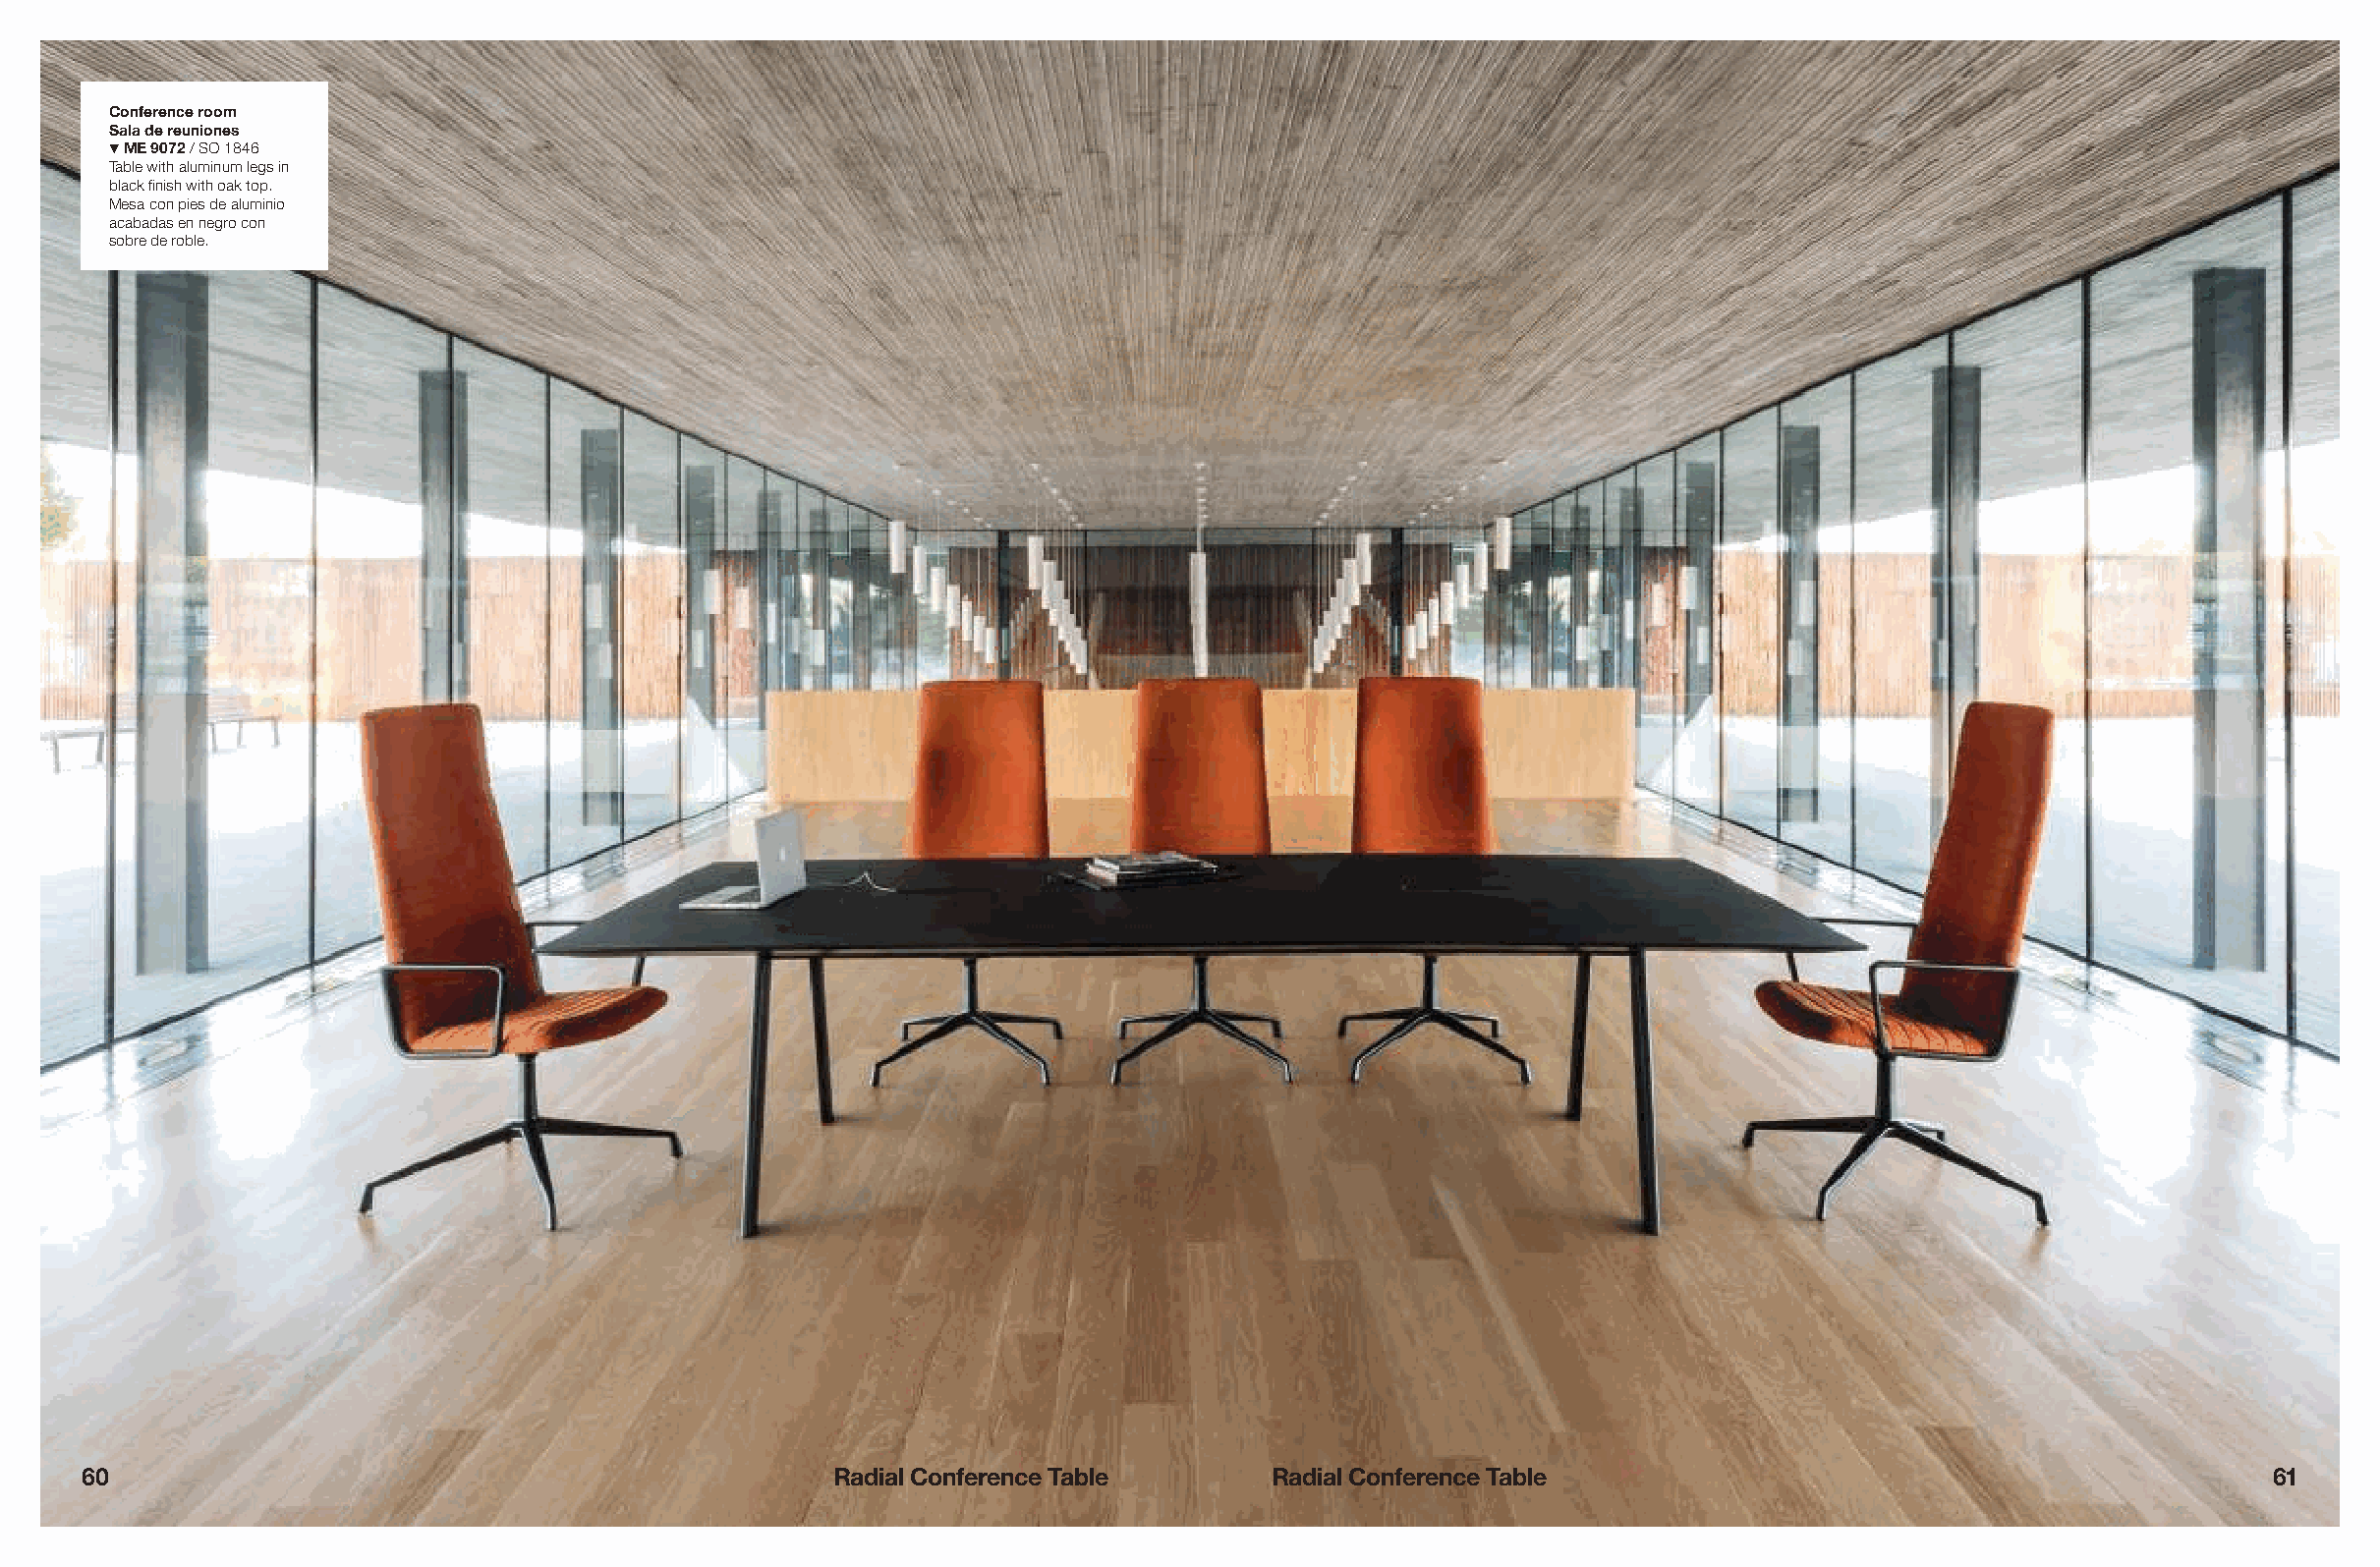
Conference room
 Sala de reuniones
 ! ME 9072 / SO 1846
 Table with aluminum legs in
 black finish with oak top.
 Mesa con pies de aluminio
 acabadas en negro con
 sobre de roble.
 60                                                 Radial Conference Table       Radial Conference Table                                            61